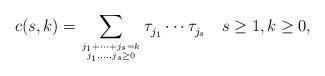
LaTeX: \begin{align*}c(s,k)=\sum_{j_1 + \cdots + j_{s}=k\atop j_1,\ldots, j_{s}\geq0}\tau^{}_{j_1}\cdots\tau^{}_{j_{s}}\quad s\geq1, k\geq0,\end{align*}